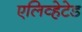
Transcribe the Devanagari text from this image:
एलिव्हेटेड